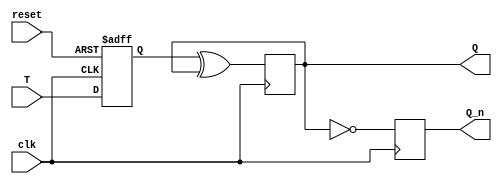
module T_flip_flop (
    input wire clk,
    input wire reset,
    input wire T,
    output reg Q,
    output reg Q_n
);

reg D;

always @ (posedge clk or posedge reset) begin
    if (reset) begin
        D <= 1'b0;
    end else begin
        D <= T;
    end
end

always @ (posedge clk) begin
    Q <= D ^ Q;
    Q_n <= ~Q;
end

endmodule